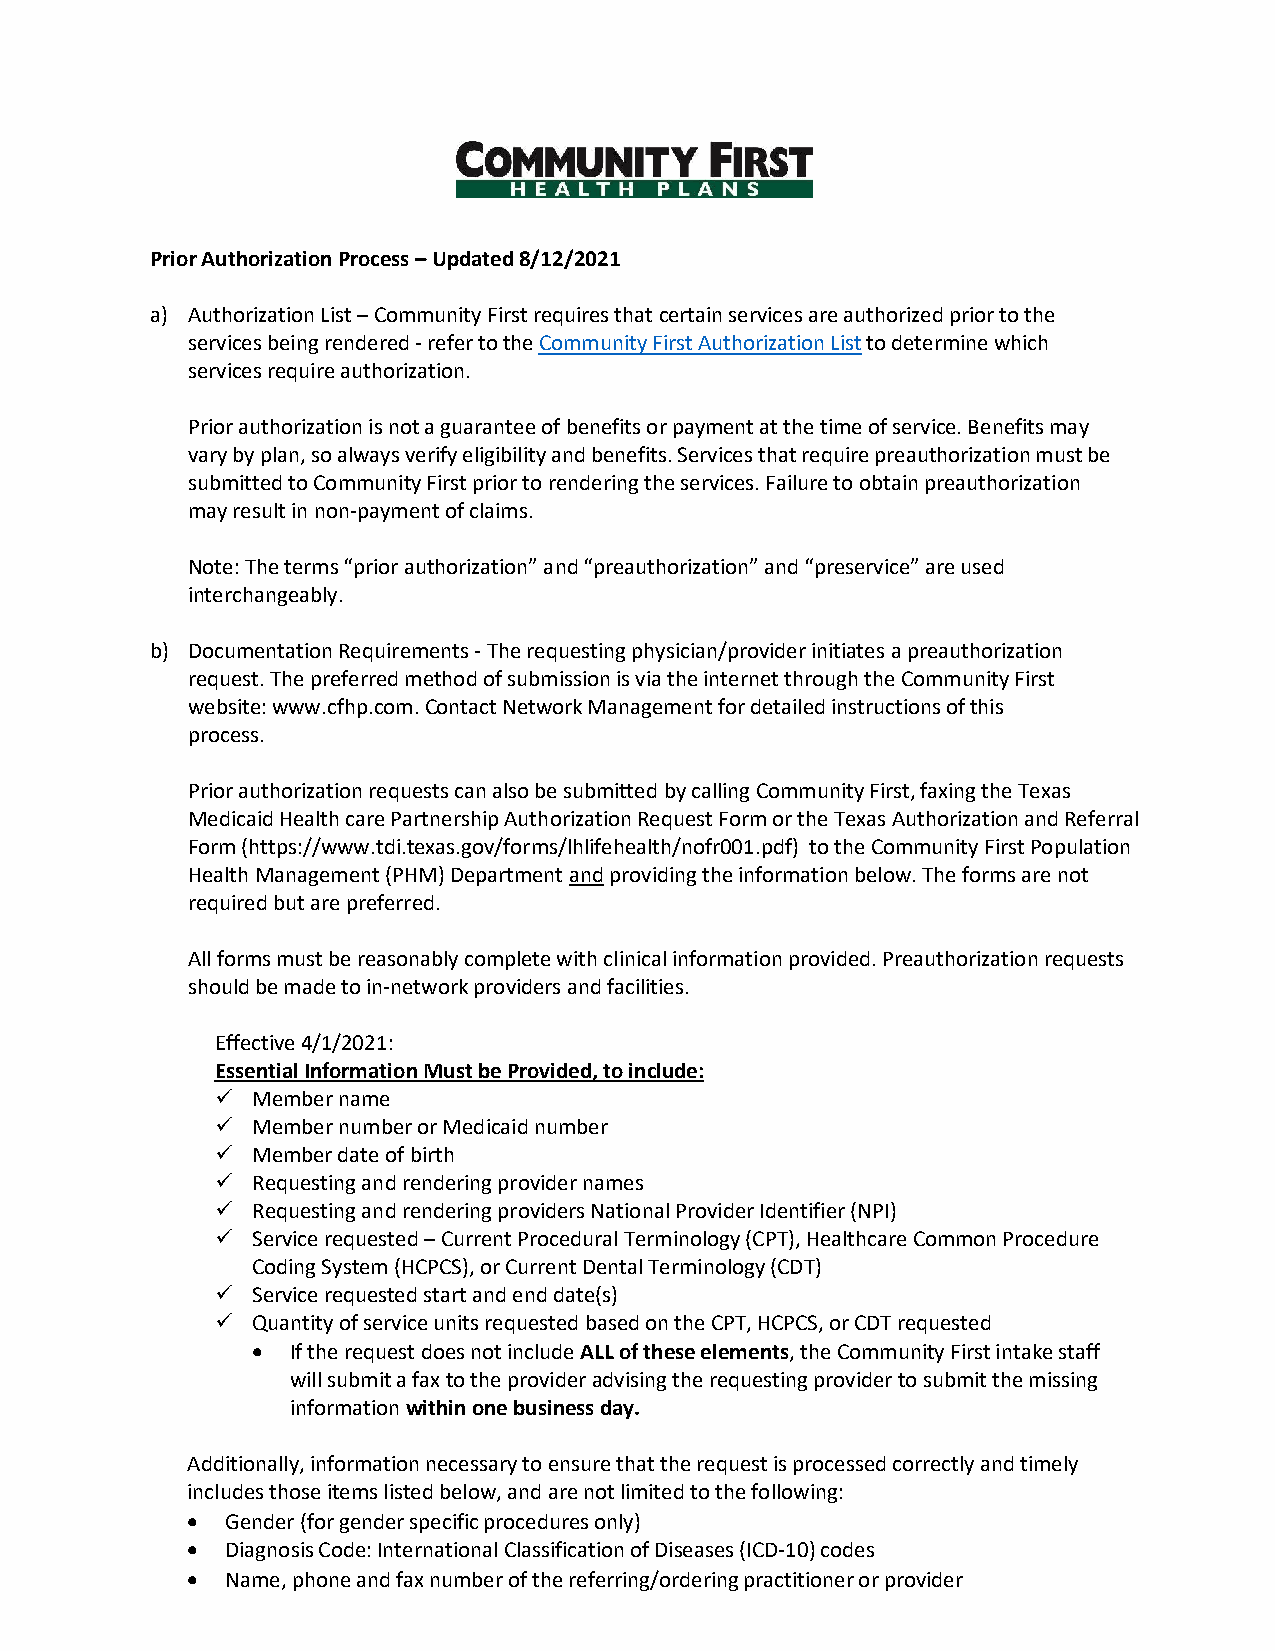
Prior Authorization Process – Updated 8/12/2021
 a) Authorization List – Community First requires that certain services are authorized prior to the
 services being rendered - refer to the Community First Authorization List to determine which
 services require authorization.
 Prior authorization is not a guarantee of benefits or payment at the time of service. Benefits may
 vary by plan, so always verify eligibility and benefits. Services that require preauthorization must be
 submitted to Community First prior to rendering the services. Failure to obtain preauthorization
 may result in non-payment of claims.
 Note: The terms “prior authorization” and “preauthorization” and “preservice” are used
 interchangeably.
 b) Documentation Requirements - The requesting physician/provider initiates a preauthorization
 request. The preferred method of submission is via the internet through the Community First
 website: www.cfhp.com. Contact Network Management for detailed instructions of this
 process.
 Prior authorization requests can also be submitted by calling Community First, faxing the Texas
 Medicaid Health care Partnership Authorization Request Form or the Texas Authorization and Referral
 Form (https://www.tdi.texas.gov/forms/lhlifehealth/nofr001.pdf) to the Community First Population
 Health Management (PHM) Department and providing the information below. The forms are not
 required but are preferred.
 All forms must be reasonably complete with clinical information provided. Preauthorization requests
 should be made to in-network providers and facilities.
 Effective 4/1/2021:
 Essential Information Must be Provided, to include:
 ✓  Member name
 ✓  Member number or Medicaid number
 ✓  Member date of birth
 ✓  Requesting and rendering provider names
 ✓  Requesting and rendering providers National Provider Identifier (NPI)
 ✓  Service requested – Current Procedural Terminology (CPT), Healthcare Common Procedure
 Coding System (HCPCS), or Current Dental Terminology (CDT)
 ✓  Service requested start and end date(s)
 ✓  Quantity of service units requested based on the CPT, HCPCS, or CDT requested
 • If the request does not include ALL of these elements, the Community First intake staff
 will submit a fax to the provider advising the requesting provider to submit the missing
 information within one business day.
 Additionally, information necessary to ensure that the request is processed correctly and timely
 includes those items listed below, and are not limited to the following:
 •  Gender (for gender specific procedures only)
 •  Diagnosis Code: International Classification of Diseases (ICD-10) codes
 •  Name, phone and fax number of the referring/ordering practitioner or provider